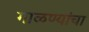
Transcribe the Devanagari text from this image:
गाळण्यांचा